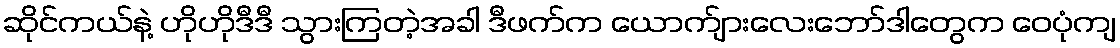
ဆိုင်ကယ်နဲ့ ဟိုဟိုဒီဒီ သွားကြတဲ့အခါ ဒီဖက်က ယောက်ျားလေးဘော်ဒါတွေက ဝေပုံကျ